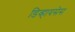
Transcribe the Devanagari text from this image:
डिव्हायसेस